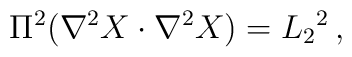
\Pi^2 (\nabla^2 X \cdot \nabla^2 X ) = L_2{}^2\,,